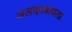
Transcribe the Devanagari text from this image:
अलाहाबादला